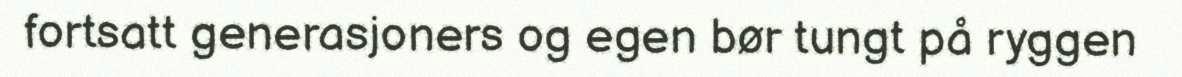
fortsatt generasjoners og egen bør tungt på ryggen